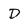
Character: D